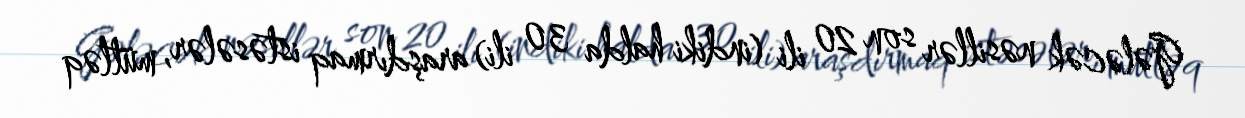
Gələcək nəsillər son 20 ili (indiki halda 30 ili) araşdırmaq istəsələr, mütləq